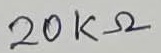
Text: 20KΩ